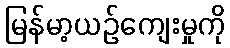
မြန်မာ့ယဉ်ကျေးမှုကို